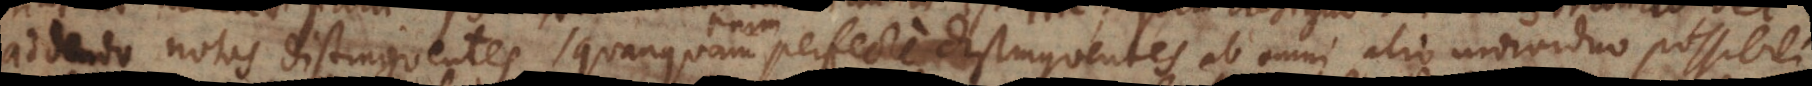
addendo notas distinguentes, quanquam perfecte distinguentes ab omni alio individuo possibili